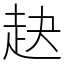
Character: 赽